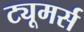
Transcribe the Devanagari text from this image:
ट्यूमर्स